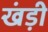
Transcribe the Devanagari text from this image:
खंड़ी